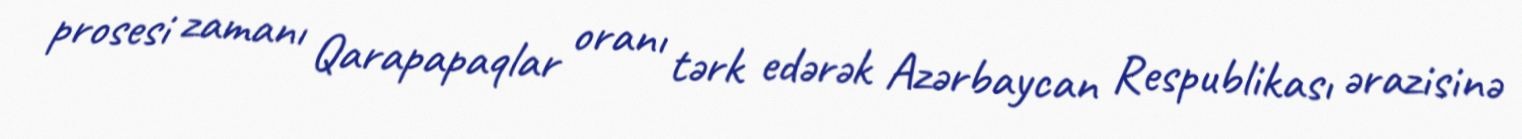
prosesi zamanı Qarapapaqlar oranı tərk edərək Azərbaycan Respublikası ərazisinə